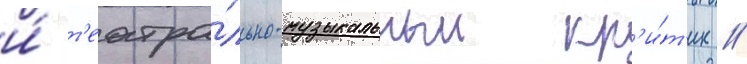
и́ т'еатра́льно-музыкальныи кр'и́т'ик //